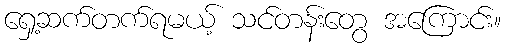
ရှေ့ဆက်တက်ရမယ့် သင်တန်းတွေ အကြောင်း။